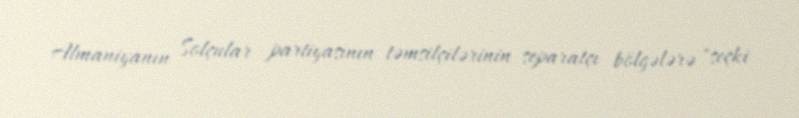
Almaniyanın Solçular partiyasının təmsilçilərinin separatçı bölgələrə "seçki